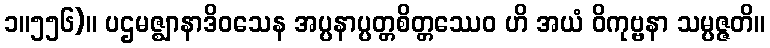
၁။၅၅၆)။ ပဌမဇ္ဈာနာဒိဝသေန အပ္ပနာပ္ပတ္တစိတ္တဿေဝ ဟိ အယံ ဝိကုဗ္ဗနာ သမ္ပဇ္ဇတိ။